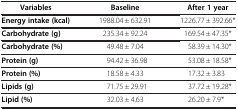
| Variables | Baseline | After 1 year |
 | --- | --- | --- |
 | Energy intake (kcal) | 1988.04 ± 632.91 | 1226.77 ± 392.66* |
 | Carbohydrate (g) | 235.34 ± 92.24 | 169.54 ± 47.35* |
 | Carbohydrate (%) | 49.48 ± 7.04 | 58.39 ± 14.30* |
 | Protein (g) | 94.42 ± 36.98 | 53.08 ± 18.58* |
 | Protein (%) | 18.58 ± 4.33 | 17.32 ± 3.83 |
 | Lipids (g) | 71.75 ± 29.91 | 37.72 ± 19.28* |
 | Lipid (%) | 32.03 ± 4.63 | 26.20 ± 7.9* |